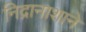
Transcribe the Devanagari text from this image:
निद्रानाशाने